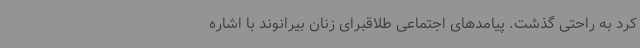
کرد به راحتی گذشت. پیامدهای اجتماعی طلاقبرای زنان بیرانوند با اشاره